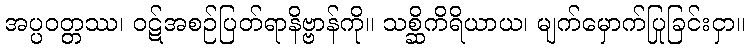
အပ္ပဝတ္တဿ၊ ဝဋ်အစဉ်ပြတ်ရာနိဗ္ဗာန်ကို။ သစ္ဆိကိရိယာယ၊ မျက်မှောက်ပြုခြင်းငှာ။